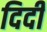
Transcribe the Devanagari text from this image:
दिदी